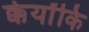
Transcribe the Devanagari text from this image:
क्केयोंकि